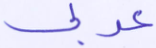
عربي